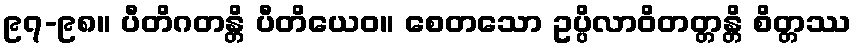
၉၇-၉၈။ ပီတိဂတန္တိ ပီတိယေဝ။ စေတသော ဥပ္ပိလာဝိတတ္တန္တိ စိတ္တဿ